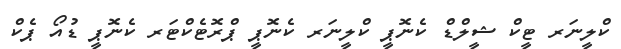
ކްލީނަރ ޓީކް ޝީލްޑް ކެނޮޕީ ކްލީނަރ ކެނޮޕީ ޕްރޮޓެކްޓަރ ކެނޮޕީ ޑުއޯ ޕެކް